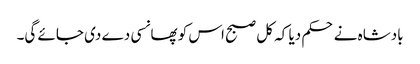
بادشاہ نے حکم دیا کہ کل صبح اس کو پھانسی دے دی جائے گی۔